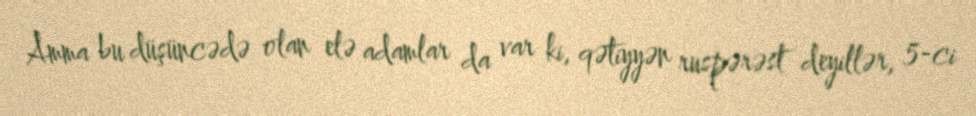
Amma bu düşüncədə olan elə adamlar da var ki, qətiyyən ruspərəst deyillər, 5-ci